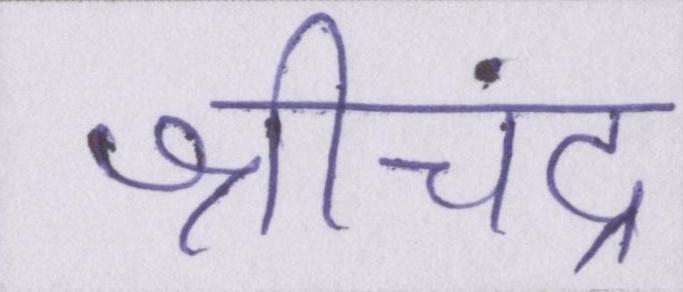
श्रीचंद्र